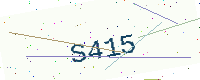
Text: S415